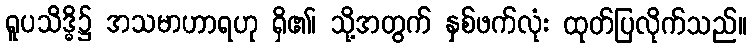
ရူပသိဒ္ဓိ၌ အသမာဟာရဟု ရှိ၏၊ သို့အတွက် နှစ်ဖက်လုံး ထုတ်ပြလိုက်သည်။